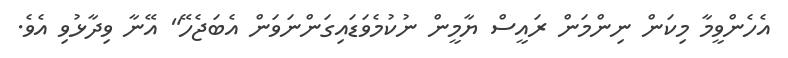
އެހެންވީމާ މިކަން ނިންމަން ރައީސް ޔާމީން ނުކުމެވަޑައިގަންނަވަން އެބަޖެހޭ" އޭނާ ވިދާޅުވި އެވެ.